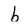
Character: b